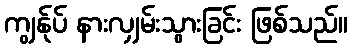
ကျွန်ုပ် နားလျှမ်းသွားခြင်း ဖြစ်သည်။